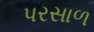
પરસાળ